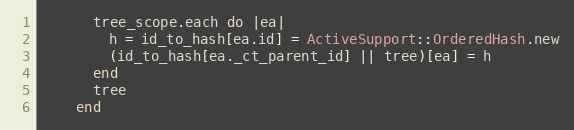
Language: Ruby
      tree_scope.each do |ea|
        h = id_to_hash[ea.id] = ActiveSupport::OrderedHash.new
        (id_to_hash[ea._ct_parent_id] || tree)[ea] = h
      end
      tree
    end